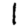
Digit: 1